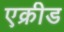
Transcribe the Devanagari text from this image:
एक्रीड